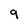
Character: 9